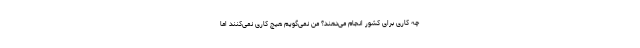
چه کاری برای کشور انجام می‌دهند؟ من نمی‌گویم هیچ کاری نمی‌کنند اما